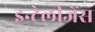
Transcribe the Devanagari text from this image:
इन्टेलीजेंस